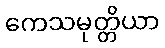
ကေသမုတ္တိယာ